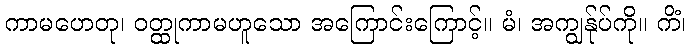
ကာမဟေတု၊ ဝတ္ထုကာမဟူသော အကြောင်းကြောင့်။ မံ၊ အကျွန်ုပ်ကို။ ကိံ၊